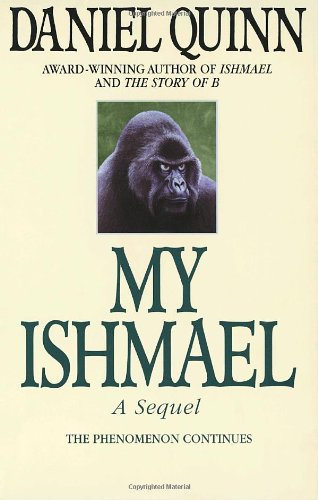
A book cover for My Ishmael; Daniel Quinn; Science Fiction & Fantasy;